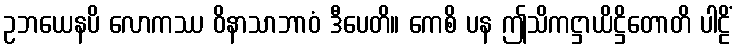
ဥဘယေနပိ လောကဿ ဝိနာသာဘာဝံ ဒီပေတိ။ ကေစိ ပန ဤသိကဋ္ဌာယိဋ္ဌိတောတိ ပါဠိံ